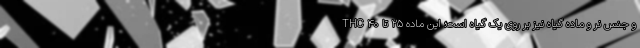
و جنس نر و ماده گیاه نیز بر روی یک گیاه است؛ این ماده ۲۵ تا ۴۰ THC